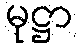
မုဋ္ဌာ